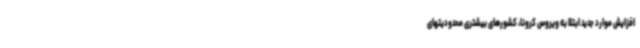
افزایش موارد جدید ابتلا به ویروس کرونا، کشورهای بیشتری محدودیتهای